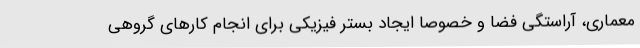
معماری، آراستگی فضا و خصوصا ایجاد بستر فیزیکی برای انجام کارهای گروهی